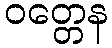
ဝတ္တေန